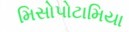
મિસોપોટામિયા